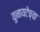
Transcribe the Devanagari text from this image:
युनायटेच्या